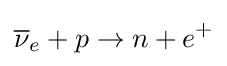
{\overline {\nu }}_{e}+p\rightarrow n+e^{+}